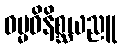
ဓမ္မဝိနိစ္ဆယညူ